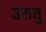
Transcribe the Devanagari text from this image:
उरातु